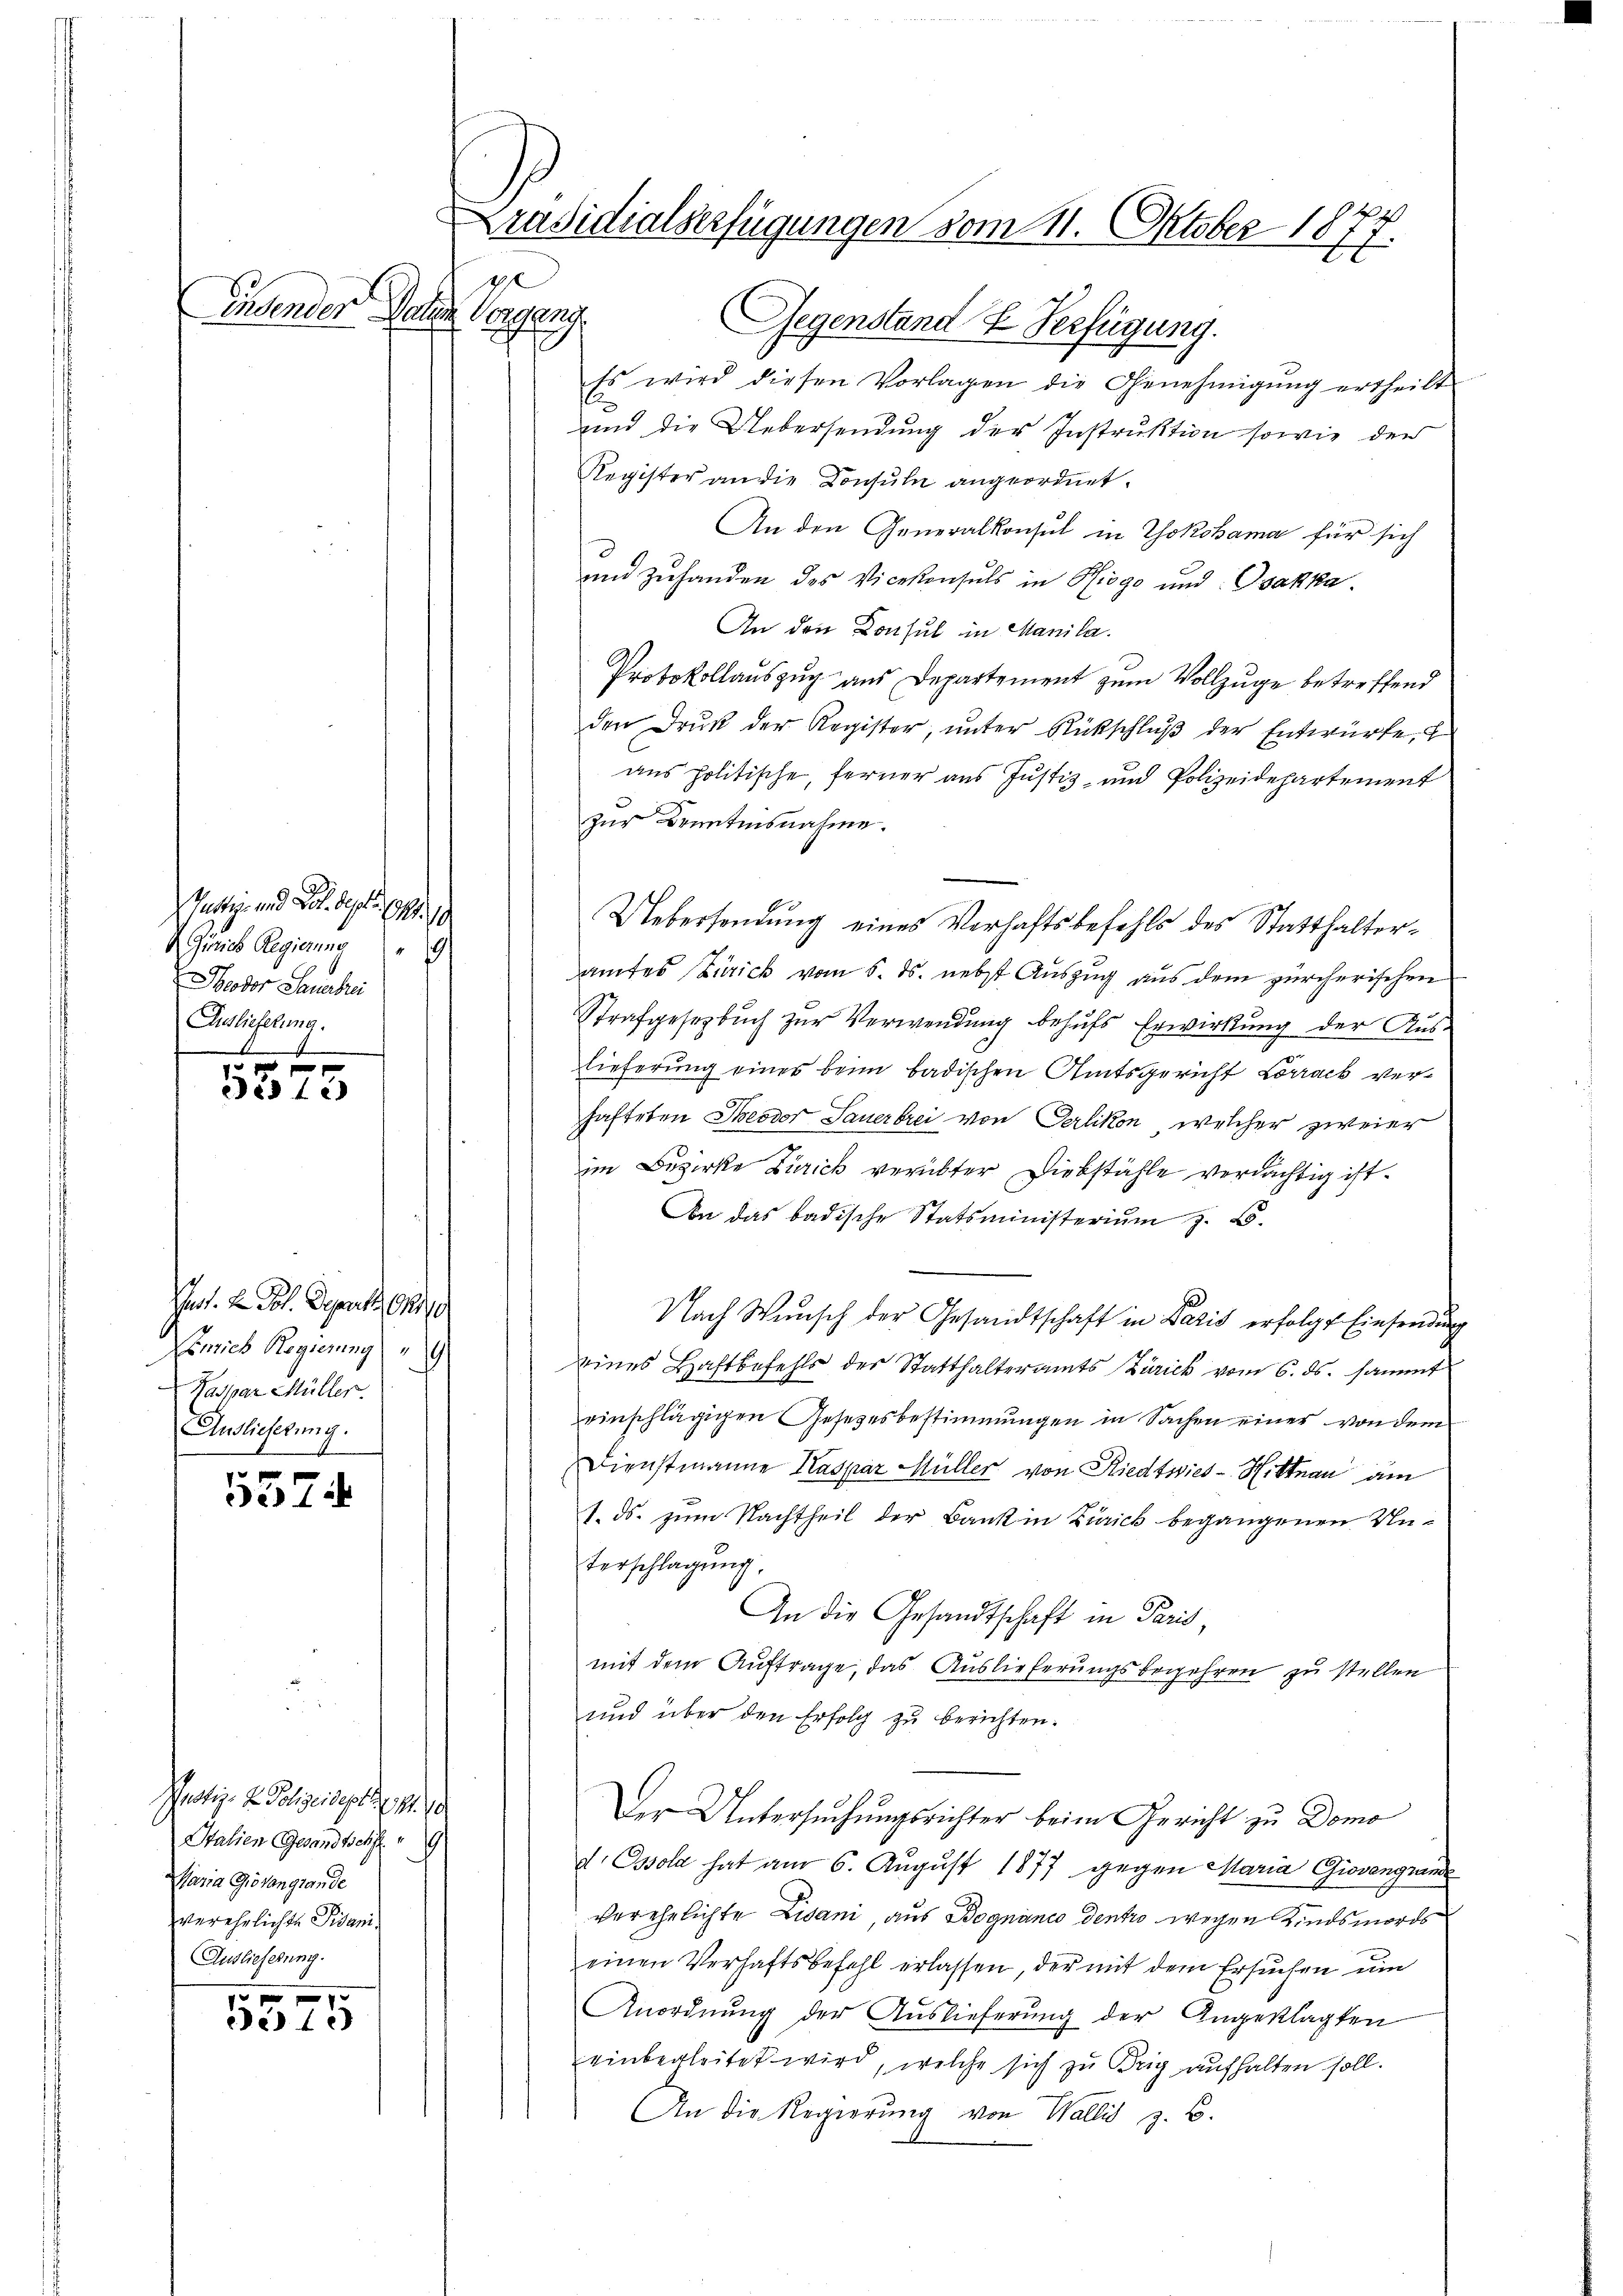
ge
Einsender Paten Vorgeng

Pettage und da del pp. 19
Zürich Regierung 9
Heodor Sauerbrei
Ausliefelung.
S.

f xx
Des fe

uot. 2. Joh. Deputt, 1810
Lenrich Regierung
Kaspar Müller.
Auslieferung.

537

Pustiz- & Polizeideptsp. 2.
Italien Gesandtschft
Maria Giovanglande
Verehrlichte Pisani¬
Auslieferung.

5575

Präsidialserfügungen vom 11. Oktober 1874
Er

Gegenstand & Verfügung.
Es wird diesen Vorlagen die Genehmigung ertheilt
und die Uebersendung der Instruktion sowie der
Register an die Consuln angeordnet.
An den Generalkonsul in Yokohama für sich
e
und zuhanden des Vicekonsuls in Riogo und Ovakka.
An den Consul in Manila.
Protokollauszug aus Departement zum Vollzuge betreffend
den Drŭk der Register, ŭnter Rückschlŭβ der Entwürfe,
aus politische, ferner aus Justiz- und Polizeidepartement
zur Kenntnisnahme.
Uebersendung eines Verhaftsbefehls des Statthalteramtes Zürich vom 5. ds. nebst Auszug aus dem zürcherischen
Strafgesetzbuch zur Verwendung behufs Erwirkung der Aus-
lieferung eines beim badischen Amtsgericht Lörrack verhafteten Theodor Sauerbrei von Oerlikon, welcher zweier
im Bezirke Zürich verübter Diebstähle verdächtig ist.
An das badische Statsministerium z. B.
Nach Wunsch der Gesandtschaft in Paris erfolgt Einsendung
eines Haftbefehls der Statthalteramts Zürich vom 6. ds. sammt
einschlägigen Gesetzesbestimmungen in Sachen einer von dem
Dienstmanne Kaspar Müller von Riedtwies - Hittnau am
1. ds. zum Nachtheil der Bank in Zürich begangenen Unterschlagung.
An die Gesandtschaft in Paris,
mit dem Auftrage, das Auslieferungsbegehren zu stellen
und über den Erfolg zu berichten.
Der Untersuchungsrichter beim Gericht zu Domo
d. Ossola hat am 6. August 1877 gegen Maria Giovengrund
verehelichte Lisani, aus Bognanco dentro wegen Kindsmords
einen Verhaftsbefehl erlassen, der mit dem Ersuchen um
Anordnung der Auslieferung der Angeklagten
einbegleitet wird, welche sich zu Brig aufhalten soll.
An die Regierung von Wallis z. B.